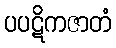
ပပဋိကဇာတံ